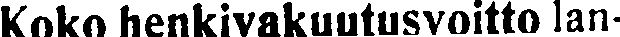
Koko henkivakuutusvoitto lan-